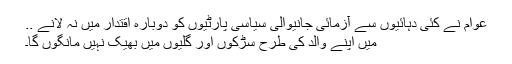
عوام نے کئی دہائیوں سے آزمائی جانیوالی سیاسی پارٹیوں کو دوبارہ اقتدار میں نہ لانے ..
میں اپنے والد کی طرح سڑکوں اور گلیوں میں بھیک نہیں مانگوں گا۔